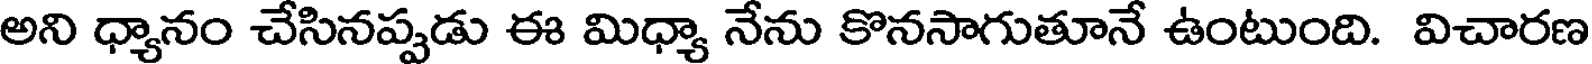
అని ధ్యానం చేసినప్పడు ఈ మిధ్యా నేను కొనసాగుతూనే ఉంటుంది. విచారణ